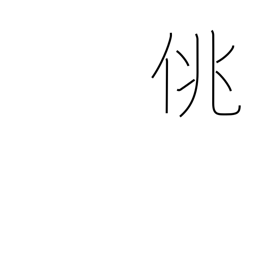
Meaning: frivolity